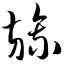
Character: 旒